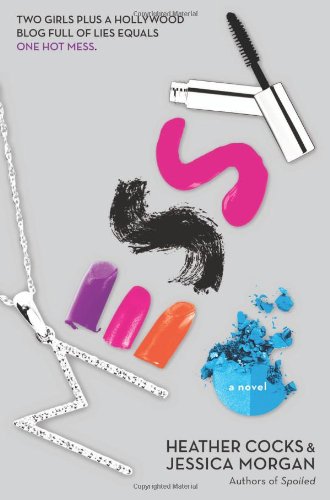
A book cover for Messy; Heather Cocks; Teen & Young Adult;